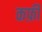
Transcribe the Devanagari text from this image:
कफ़ी